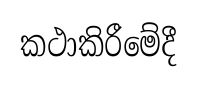
කථාකිරීමේදී